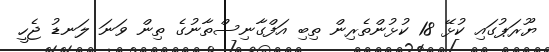
ޔޫރަޕުގައި ކުޅޭ 18 ކުޅުންތެރިން ތިބި އަފްގާނިސްތާނުގެ ތިން ވަނަ ލަނޑު ޖެހީ